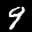
Label: 9